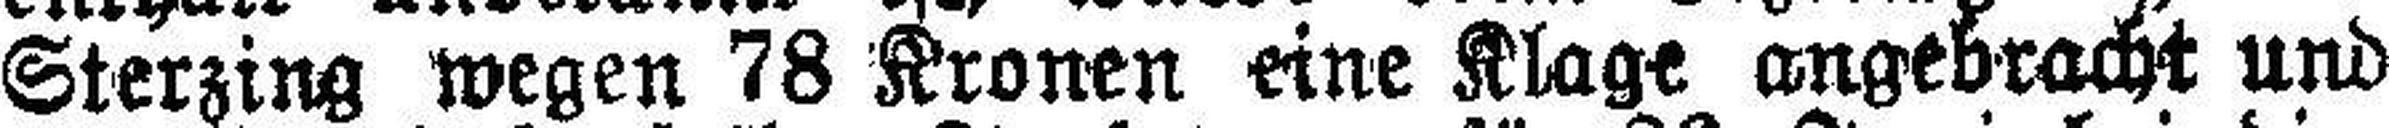
Sterzing wegen 78 Kronen eine Klage angebracht und